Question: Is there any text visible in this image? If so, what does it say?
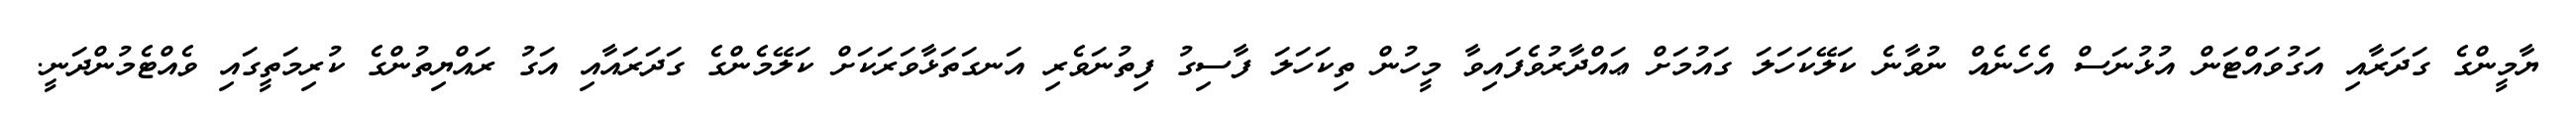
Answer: ޔާމީންގެ ގަދަރާއި އަގުވައްޓަން އުޅުނަސް އެހެނެއް ނުވާނެ ކަލޭކަހަލަ ގައުމަށް ޢައްދާރުވެފައިވާ މީހުން ތިކަހަލަ ފާސިގު ފިތުނަވެރި އަނގަތަޅާވަރަކަށް ކަލޭމެންގެ ގަދަރައާއި އަގު ރައްޔިތުންގެ ކުރިމަތީގައި ވެއްޓެމުންދަނީ.